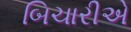
બિચારીએ